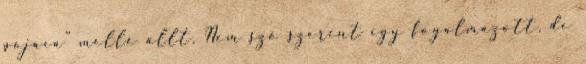
pojáca” mellé állt. Nem szó szerint így fogalmazott, de